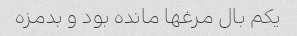
یکم بال مرغها مانده بود و بدمزه